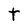
Character: t